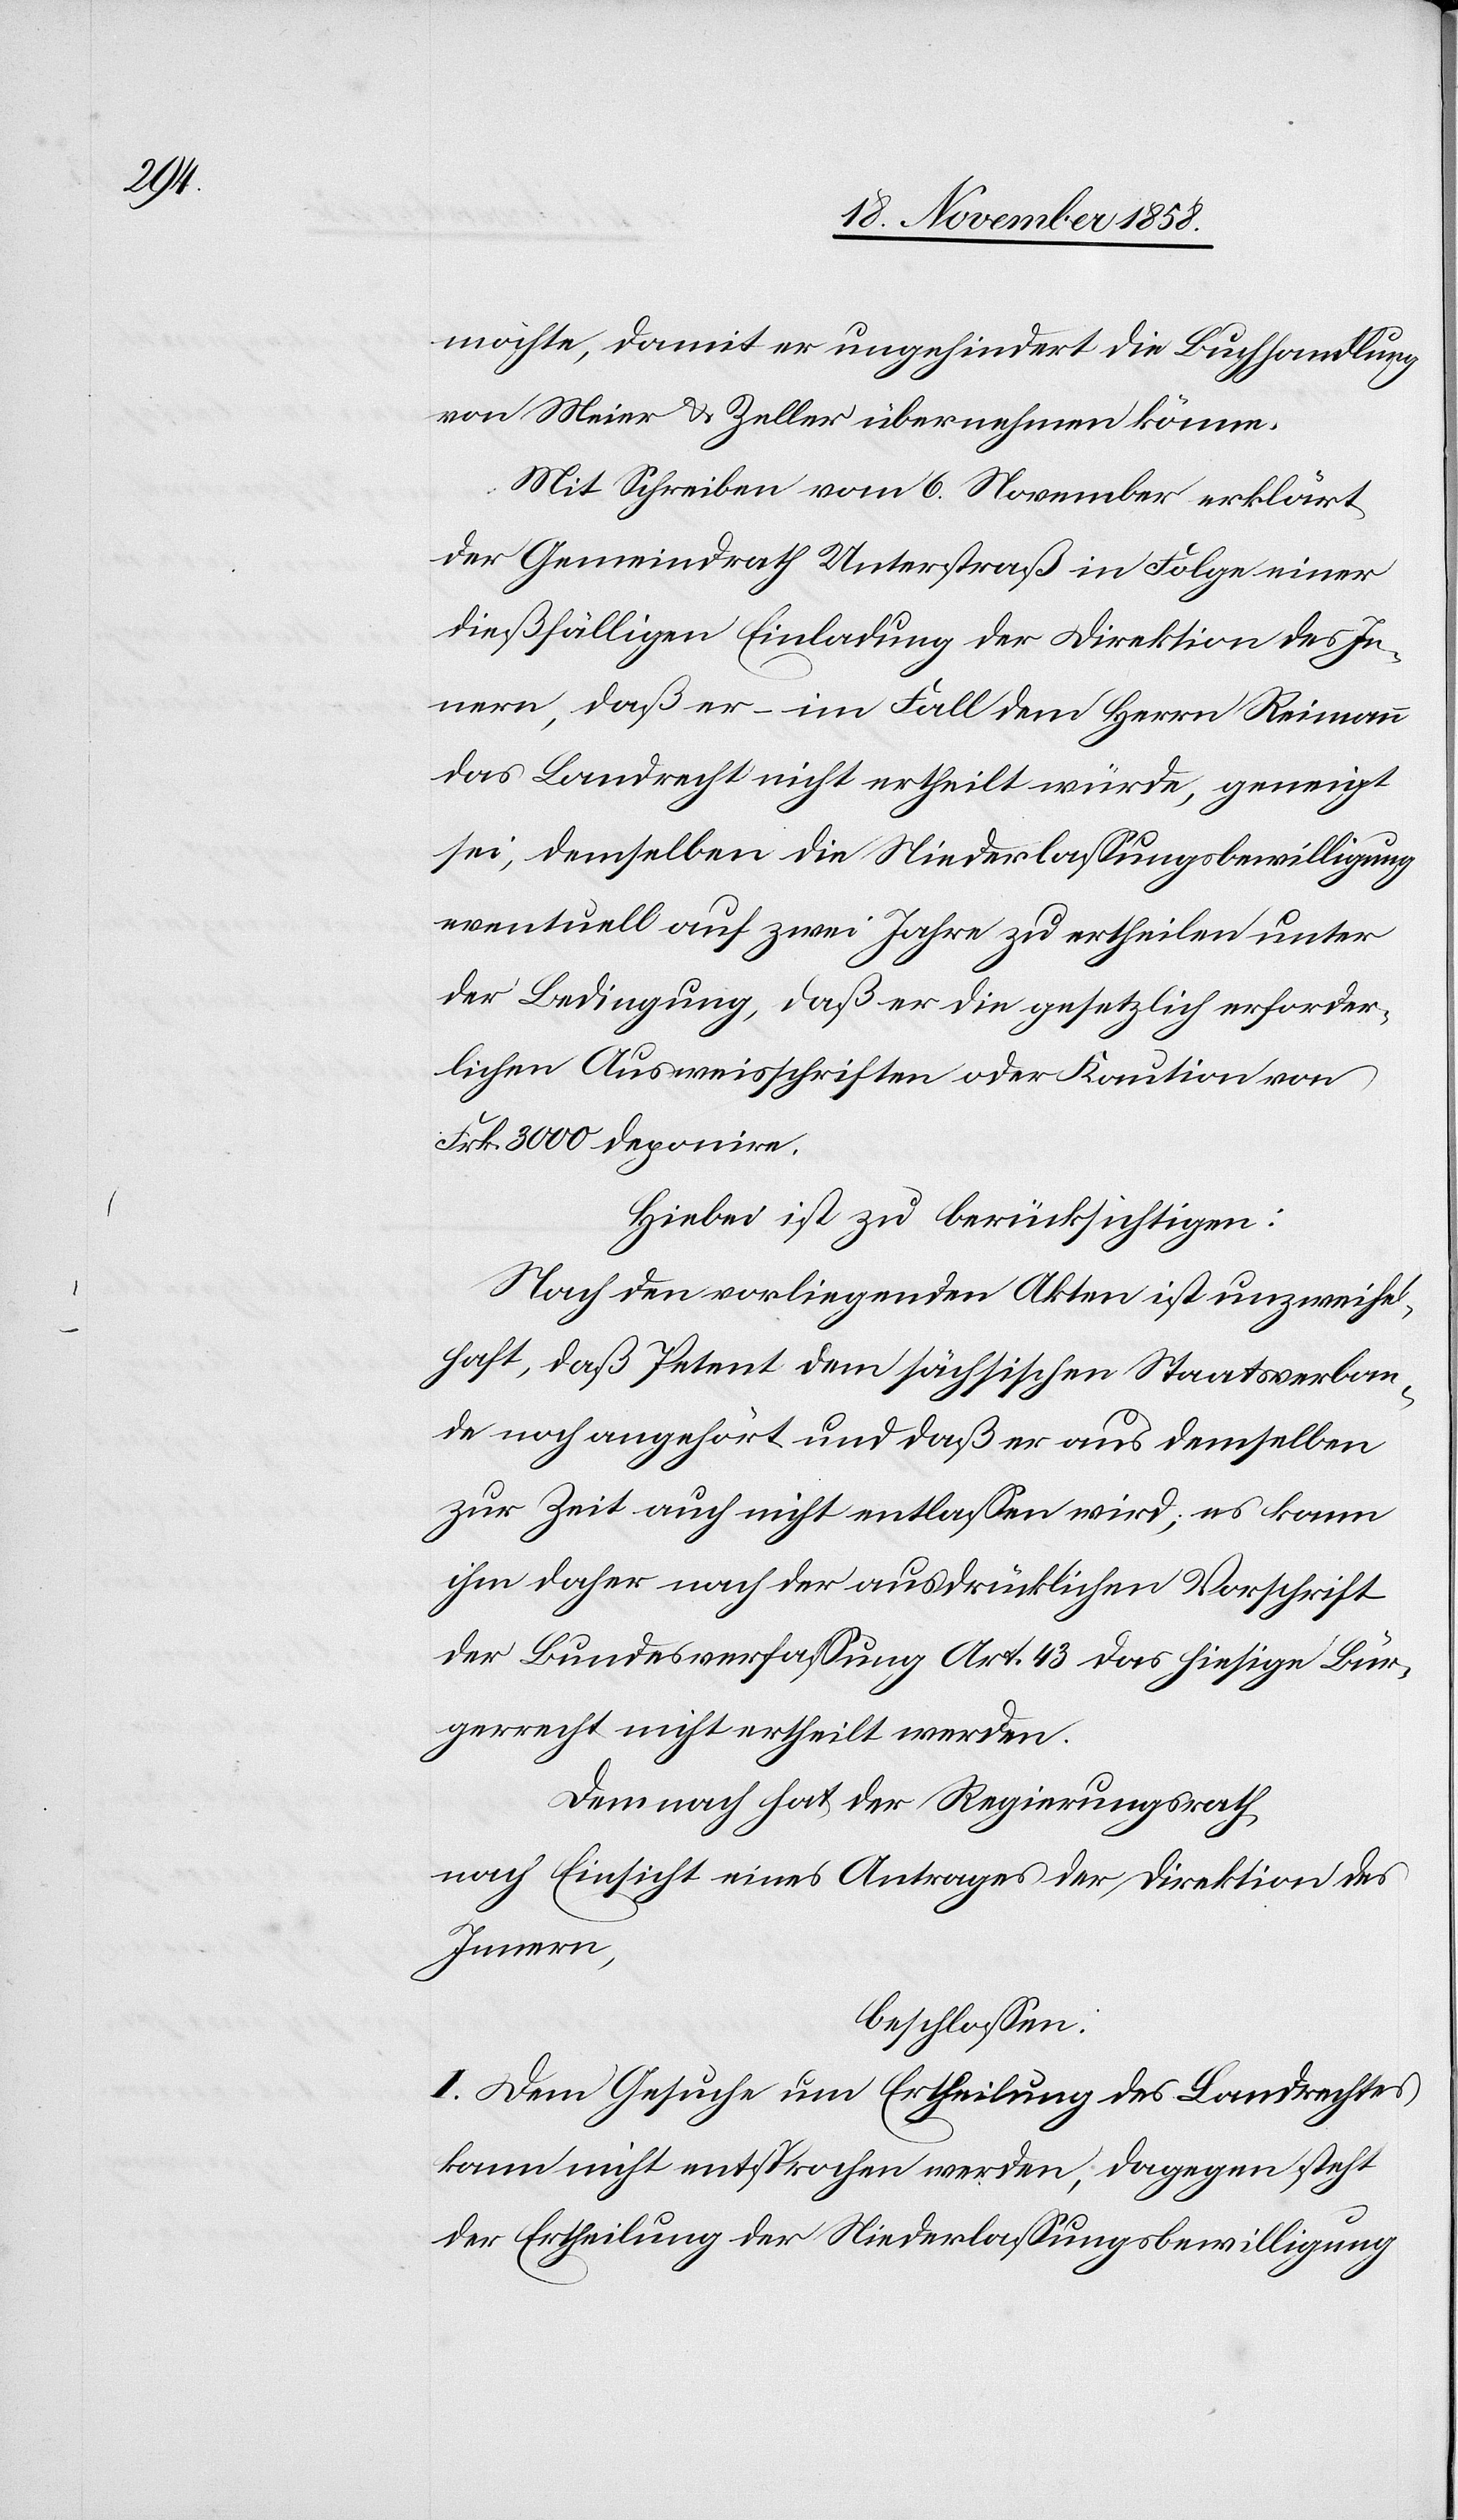
möchte, damit er ungehindert die Buchhandlung
von Meier & Zeller übernehmen könne.
Mit Schreiben vom 6. November erklärt
der Gemeindrath Unterstraß in Folge einer
dießfälligen Einladung der Direktion des In¬
nern, daß er – im Fall dem Herrn Reimann
das Landrecht nicht ertheilt würde, geneigt
sei, demselben die Niederlassungsbewilligung
eventuell auf zwei Jahre zu ertheilen unter
der Bedingung, daß er die gesetzlich erforder¬
lichen Ausweisschriften oder Kaution von
Frk. 3000 deponire.
Hiebei ist zu berücksichtigen:
Nach den vorliegenden Akten ist unzweife¬
lhaft, daß Petent dem sächsischen Staatsverban¬
de noch angehört und daß er aus demselben
zur Zeit auch nicht entlassen wird; es kann
ihm daher nach der ausdrücklichen Vorschrift
der Bundesverfassung Art. 43 das hiesige Bür¬
gerrecht nicht ertheilt werden.
Demnach hat der Regierungsrath
nach Einsicht eines Antrages der Direktion des
Innern,
beschlossen:
I. Dem Gesuche um Ertheilung des Landrechtes
kann nicht entsprochen werden, dagegen steht
der Ertheilung der Niederlassungsbewilligung